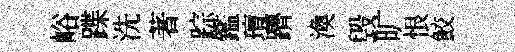
峪蹀洗著踪鑑璮躋渙毁旷恨鮫